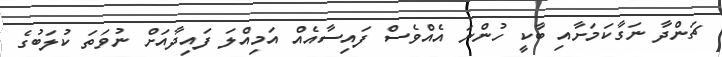
ޗަންދާ ނަގާކަމަށާއި ބާކީ ހުންނަ އެއްވެސް ފައިސާއެއް އަމިއްލަ ފައިދާއަށް ނުވަތަ ކުލަބުގެ